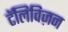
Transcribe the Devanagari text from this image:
टॅलिविज़न